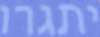
יתגרו